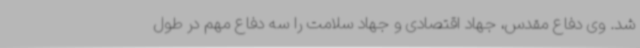
شد. وی دفاع مقدس، جهاد اقتصادی و جهاد سلامت را سه دفاع مهم در طول